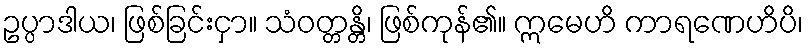
ဥပ္ပာဒါယ၊ ဖြစ်ခြင်းငှာ။ သံဝတ္တန္တိ၊ ဖြစ်ကုန်၏။ ဣမေဟိ ကာရဏေဟိပိ၊